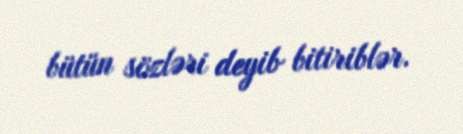
bütün sözləri deyib bitiriblər.